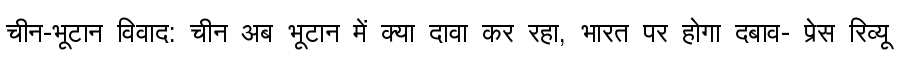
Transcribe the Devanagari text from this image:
चीन-भूटान विवाद: चीन अब भूटान में क्या दावा कर रहा, भारत पर होगा दबाव- प्रेस रिव्यू